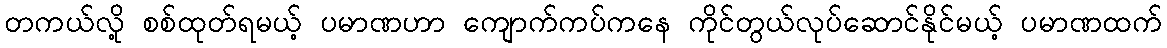
တကယ်လို့ စစ်ထုတ်ရမယ့် ပမာဏဟာ ကျောက်ကပ်ကနေ ကိုင်တွယ်လုပ်ဆောင်နိုင်မယ့် ပမာဏထက်